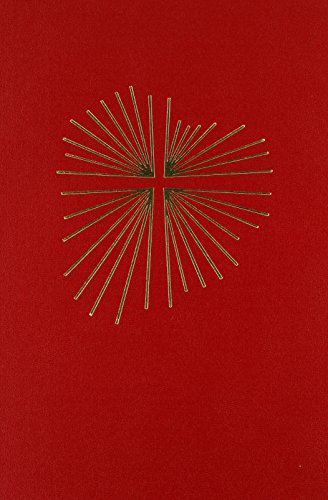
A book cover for Ritual De Exequias Cristianas: Edicion de Ritual (Spanish Edition); Various; Christian Books & Bibles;